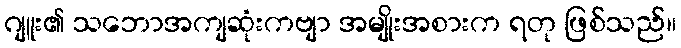
ဂျူး၏ သဘောအကျဆုံးကဗျာ အမျိုးအစားက ရတု ဖြစ်သည်။